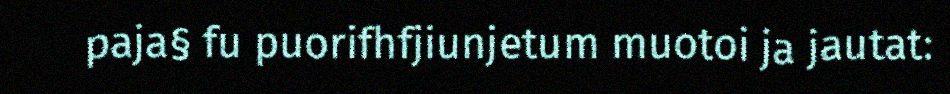
paja§ fu puorifhfjiunjetum muotoi ja jautat: